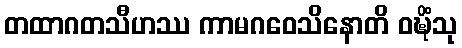
တထာဂတသီဟဿ ကာမဂဝေသိနောတိ ဝဍ္ဎိံသု